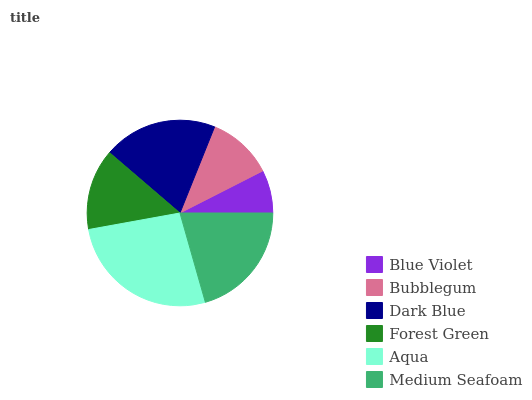
| Blue Violet | Bubblegum | Dark Blue | Forest Green | Aqua | Medium Seafoam |
 | --- | --- | --- | --- | --- | --- |
 | 7.5% | 11.4% | 19.8% | 14.1% | 26.6% | 20.6% |